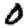
Digit: 0